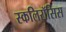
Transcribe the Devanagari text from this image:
स्कलिरॉसिस